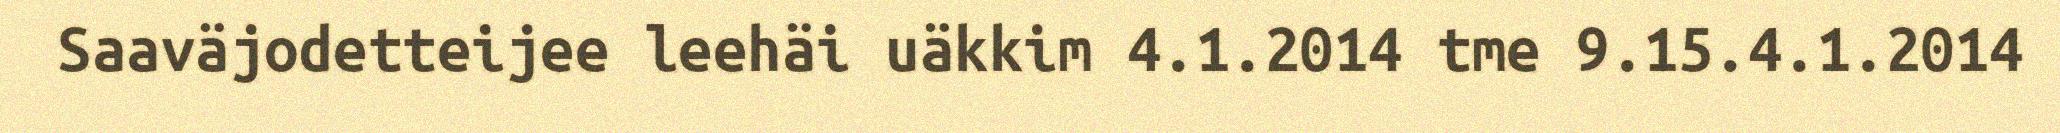
Saaväjodetteijee leehäi uäkkim 4.1.2014 tme 9.15.4.1.2014